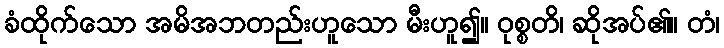
ခံထိုက်သော အမိအဘတည်းဟူသော မီးဟူ၍။ ဝုစ္စတိ၊ ဆိုအပ်၏။ တံ၊